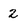
Character: 2